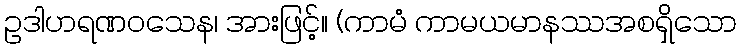
ဥဒါဟရဏဝသေန၊ အားဖြင့်။ (ကာမံ ကာမယမာနဿအစရှိသော